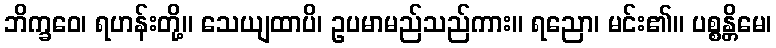
ဘိက္ခဝေ၊ ရဟန်းတို့။ သေယျထာပိ၊ ဥပမာမည်သည်ကား။ ရညော၊ မင်း၏။ ပစ္စန္တိမေ၊